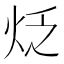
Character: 𤇮